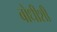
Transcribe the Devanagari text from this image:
बोधीशी